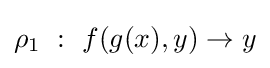
\rho _{1}\ :\ f(g(x),y)\rightarrow y